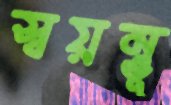
স্বয়ম্ভূ